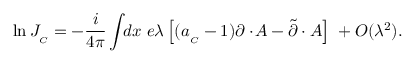
\ln J _ { _ C } = - \frac { i } { 4 \pi } \int \! \! d x \; e \lambda \left[ ( a _ { _ C } - 1 ) \partial \cdotp \! A - \tilde { \partial } \cdotp A \right] \; + { \cal O } ( \lambda ^ { 2 } ) .